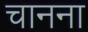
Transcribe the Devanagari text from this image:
चानना